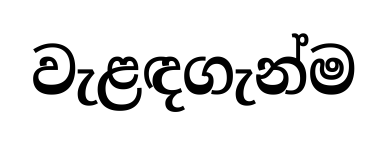
වැළඳගැන්ම